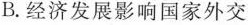
B.经济发展影响国家外交